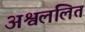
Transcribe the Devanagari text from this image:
अश्वललित